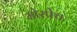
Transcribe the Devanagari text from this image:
मोरपेच